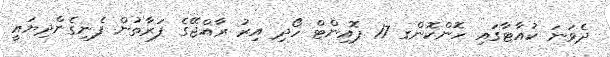
ދެވަނަ ކުއާޓާގައި ހޮންކޮންގ 17 ޕޮއިންޓް ހޯދި އިރު ރާއްޖޭގެ ފަރާތުން ފެނިގެންދިޔައީ